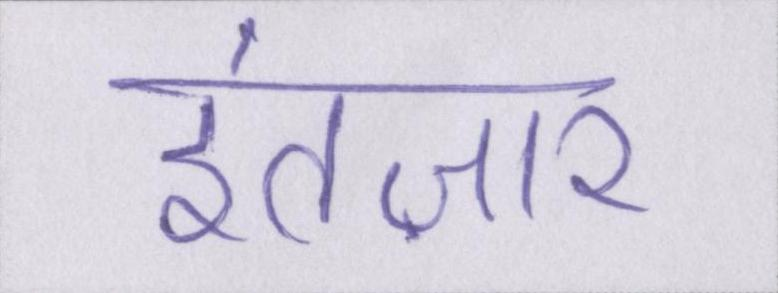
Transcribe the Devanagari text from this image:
इंतज़ार